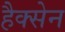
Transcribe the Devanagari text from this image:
हैक्सेन